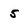
Character: 5